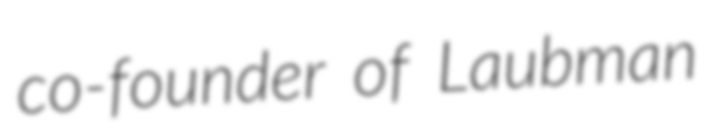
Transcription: co-founder of Laubman